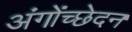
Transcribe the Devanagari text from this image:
अंगोंच्छेदन